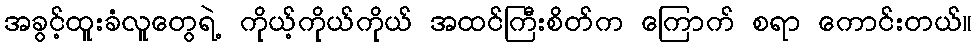
အခွင့်ထူးခံလူတွေရဲ့ ကိုယ့်ကိုယ်ကိုယ် အထင်ကြီးစိတ်က ကြောက် စရာ ကောင်းတယ်။